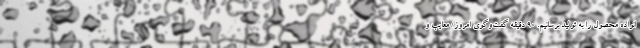
انواده محصول را به تولید برسانیم. 90 دقیقه گفت‌وگوی امروز/ معایب و